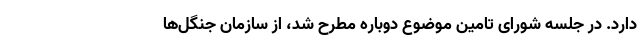
دارد. در جلسه شورای تامین موضوع دوباره مطرح شد، از سازمان جنگل‌ها